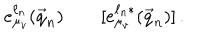
LaTeX: e _ { \mu _ { v } } ^ { \ell _ { n } } ( \vec { q } _ { n } ) \qquad [ e _ { \mu _ { v } } ^ { \ell _ { n } * } ( \vec { q } _ { n } ) ] \, .